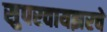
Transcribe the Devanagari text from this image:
सुपरवायझरचे